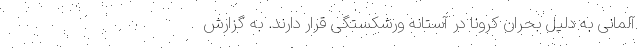
آلمانی به دلیل بحران کرونا در آستانه ورشکستگی قرار دارند. به گزارش